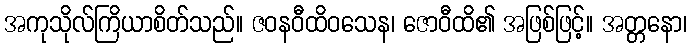
အကုသိုလ်ကြိယာစိတ်သည်။ ဇဝနဝီထိဝသေန၊ ဇောဝီထိ၏ အဖြစ်ဖြင့်။ အတ္တနော၊